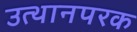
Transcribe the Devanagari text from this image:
उत्थानपरक